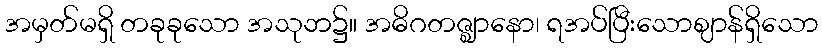
အမှတ်မရှိ တခုခုသော အသုဘ၌။ အဓိဂတဇ္ဈာနော၊ ရအပ်ပြီးသောဈာန်ရှိသော